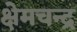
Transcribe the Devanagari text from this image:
क्षेमचन्‍द्र